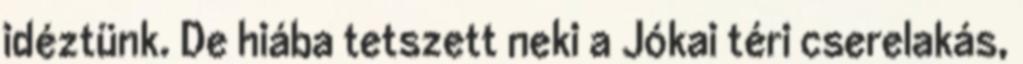
idéztünk. De hiába tetszett neki a Jókai téri cserelakás,